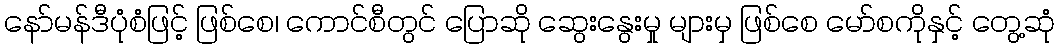
နော်မန်ဒီပုံစံဖြင့် ဖြစ်စေ၊ ကောင်စီတွင် ပြောဆို ဆွေးနွေးမှု များမှ ဖြစ်စေ မော်စကိုနှင့် တွေ့ဆုံ